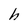
Character: h